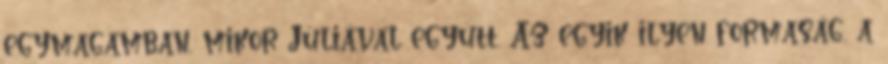
egymagamban, mikor Júliával együtt. Az egyik ilyen formaság, a